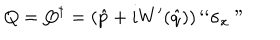
Q = Q ^ { \dagger } = \left( \hat { p } + i W ^ { \prime } ( \hat { q } ) \right) ` ` \sigma _ { x } "